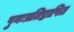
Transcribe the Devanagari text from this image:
पुनःप्रतिष्ठापित